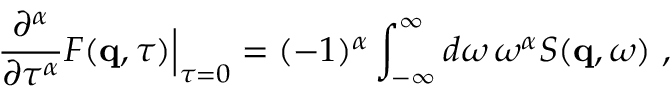
\frac { \partial ^ { \alpha } } { \partial \tau ^ { \alpha } } F ( \mathbf { q } , \tau ) \Big | _ { \tau = 0 } = ( - 1 ) ^ { \alpha } \int _ { - \infty } ^ { \infty } d \omega \, \omega ^ { \alpha } S ( \mathbf { q } , \omega ) \ ,